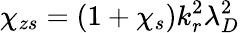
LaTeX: \chi_{zs}=(1+\chi_{s})k_{r}^{2}\lambda_{D}^{2}